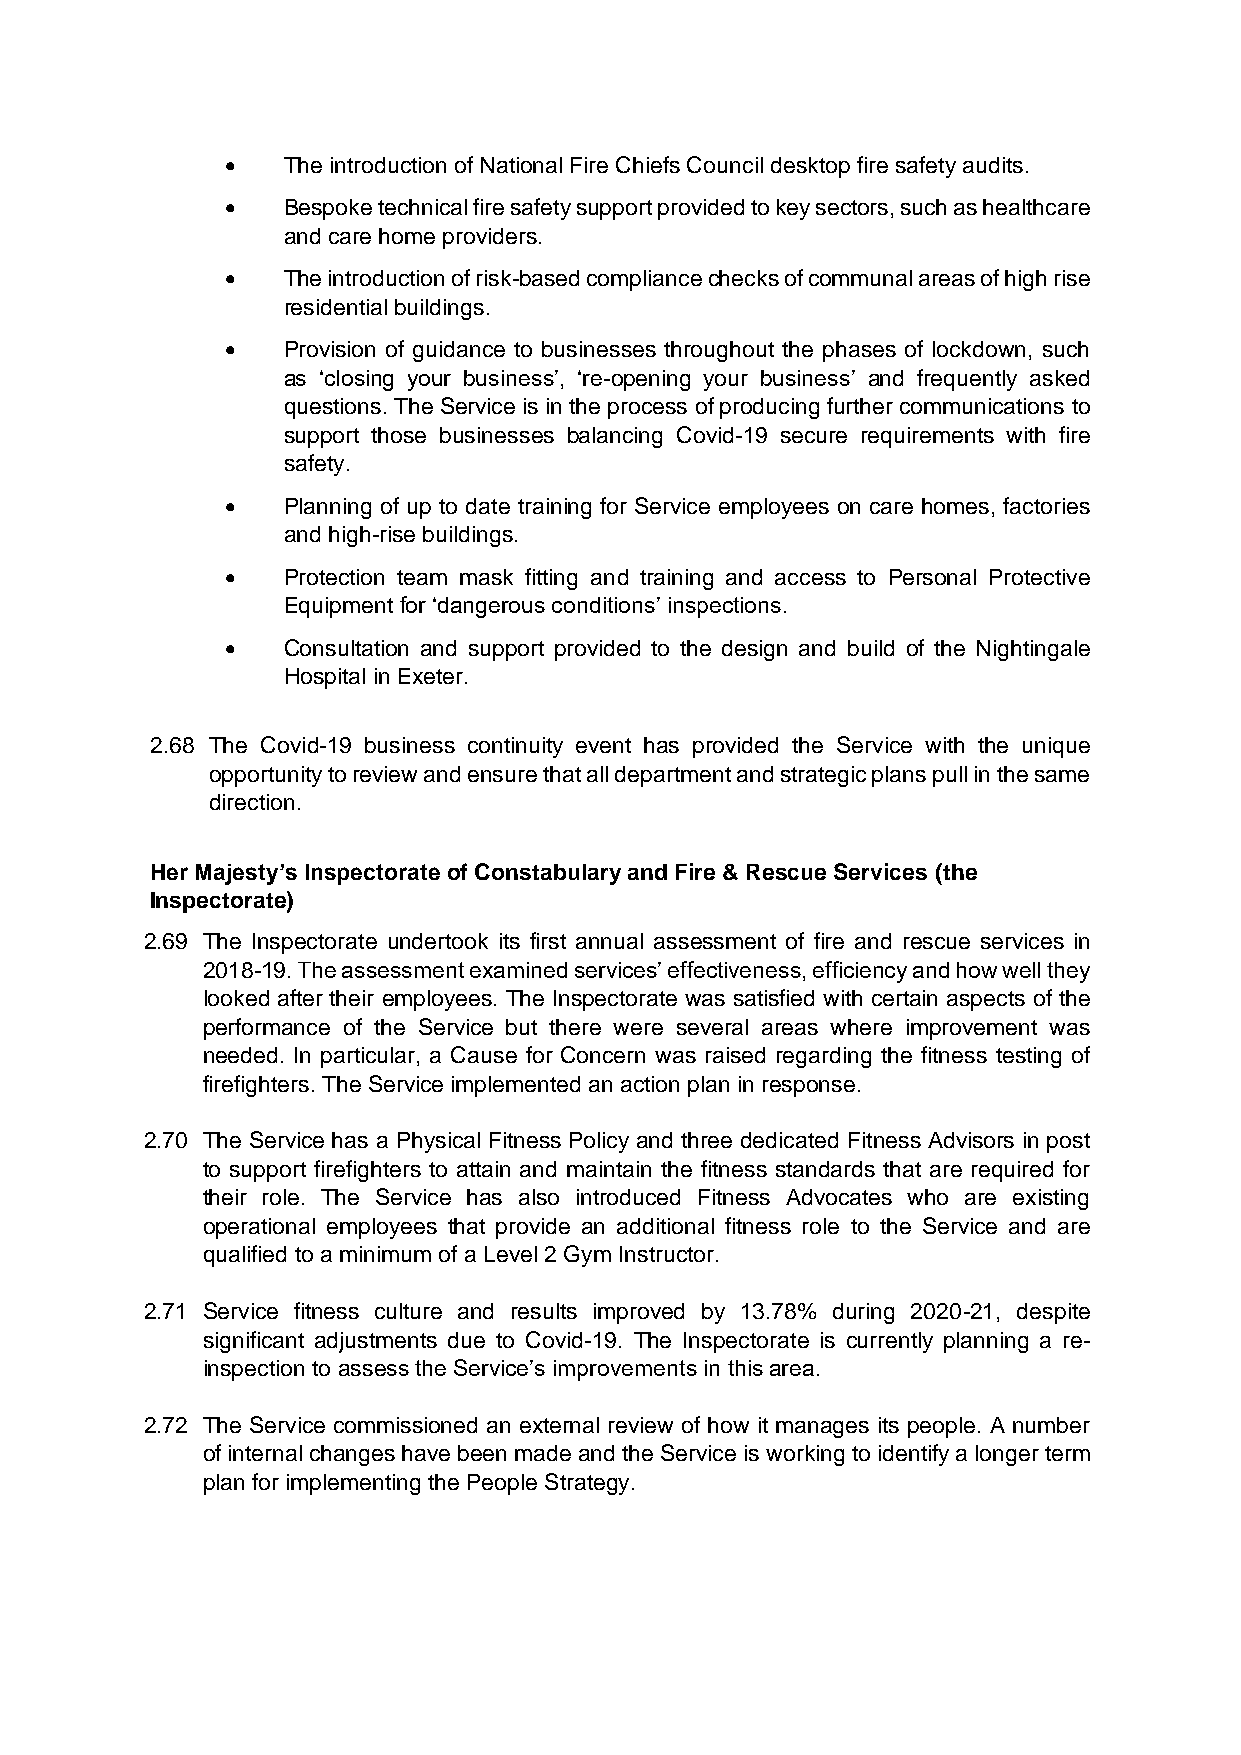
   The introduction of National Fire Chiefs Council desktop fire safety audits.
    Bespoke technical fire safety support provided to key sectors, such as healthcare
 and care home providers.
    The introduction of risk-based compliance checks of communal areas of high rise
 residential buildings.
    Provision of guidance to businesses throughout the phases of lockdown, such
 as ‘closing your business’, ‘re-opening your business’ and frequently asked
 questions. The Service is in the process of producing further communications to
 support those businesses balancing Covid-19 secure requirements with fire
 safety.
    Planning of up to date training for Service employees on care homes, factories
 and high-rise buildings.
    Protection team mask fitting and training and access to Personal Protective
 Equipment for ‘dangerous conditions’ inspections.
    Consultation and support provided to the design and build of the Nightingale
 Hospital in Exeter.
 2.68 The Covid-19 business continuity event has provided the Service with the unique
 opportunity to review and ensure that all department and strategic plans pull in the same
 direction.
 Her Majesty’s Inspectorate of Constabulary and Fire & Rescue Services (the
 Inspectorate)
 2.69 The Inspectorate undertook its first annual assessment of fire and rescue services in
 2018-19. The assessment examined services’ effectiveness, efficiency and how well they
 looked after their employees. The Inspectorate was satisfied with certain aspects of the
 performance of the Service but there were several areas where improvement was
 needed. In particular, a Cause for Concern was raised regarding the fitness testing of
 firefighters. The Service implemented an action plan in response.
 2.70 The Service has a Physical Fitness Policy and three dedicated Fitness Advisors in post
 to support firefighters to attain and maintain the fitness standards that are required for
 their role. The Service has also introduced Fitness Advocates who are existing
 operational employees that provide an additional fitness role to the Service and are
 qualified to a minimum of a Level 2 Gym Instructor.
 2.71 Service fitness culture and results improved by 13.78% during 2020-21, despite
 significant adjustments due to Covid-19. The Inspectorate is currently planning a re-
 inspection to assess the Service’s improvements in this area.
 2.72 The Service commissioned an external review of how it manages its people. A number
 of internal changes have been made and the Service is working to identify a longer term
 plan for implementing the People Strategy.